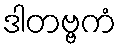
ဒါတဗ္ဗကံ